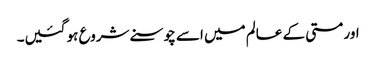
اور مستی کے عالم میں اسے چوسنے شروع ہو گئیں۔